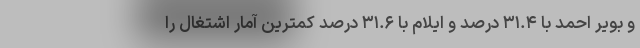
و بویر احمد با ۳۱.۴ درصد و ایلام با ۳۱.۶ درصد کمترین آمار اشتغال را